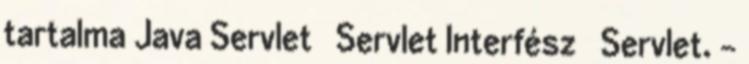
tartalma Java Servlet  Servlet Interfész  Servlet. -